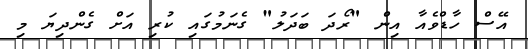
އޭސް ހާޑްވެއާ އިން "ރޯދަ ބަދަލު" ގެނަމުގައި ކުރި އަށް ގެންދިޔަ މި